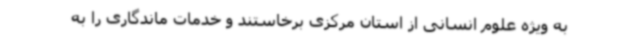
به ویژه علوم انسانی از استان مرکزی برخاستند و خدمات ماندگاری را به